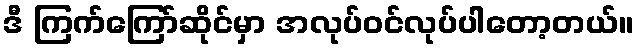
ဒီ ကြက်ကြော်ဆိုင်မှာ အလုပ်ဝင်လုပ်ပါတော့တယ်။